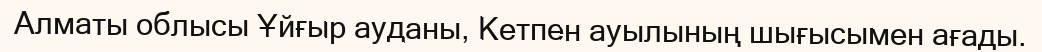
Алматы облысы Ұйғыр ауданы, Кетпен ауылының шығысымен ағады.